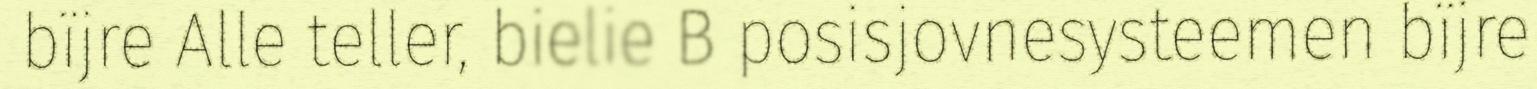
bïjre Alle teller, bielie B posisjovnesysteemen bïjre